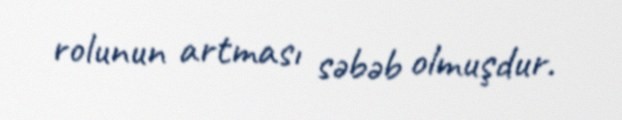
rolunun artması səbəb olmuşdur.